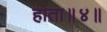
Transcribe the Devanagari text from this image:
हाता॥४॥